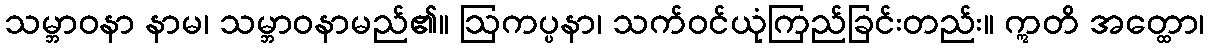
သမ္ဘာဝနာ နာမ၊ သမ္ဘာဝနာမည်၏။ ဩကပ္ပနာ၊ သက်ဝင်ယုံကြည်ခြင်းတည်း။ ဣတိ အတ္ထော၊